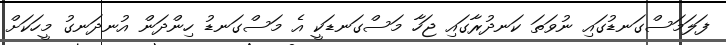
ފަލަމަސްގަނޑުގައި ނުވަތަ ކަނދުރާގައި ޖަހާ މަސްގަނޑަކީ އެ މަސްގަނޑު ހިންދަން އުނދަނގު މީހަކަށް